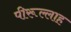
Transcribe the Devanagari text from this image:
पीरूल्लाह